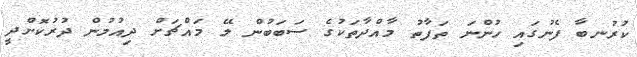
ކުރުނބާ ފެނުގައި ހުންނަ ތަފާތު މާއްދާތަކުގެ ސަބަބުން ލޭ މައްޗަށް ދިއުމުން ދުރުކޮށްދީ